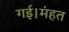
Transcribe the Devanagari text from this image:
गई।मंहत